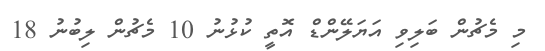
މި މެޗުން ބަލިވި އަޔަލޭންޑް އޮތީ ކުޅުނު 10 މެޗުން ލިބުނު 18